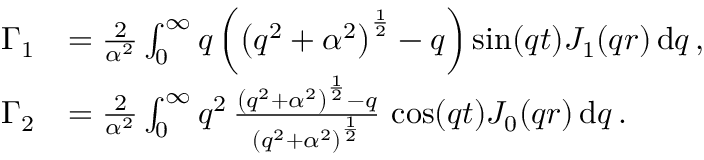
\begin{array} { r l } { \Gamma _ { 1 } } & { = \frac { 2 } { \alpha ^ { 2 } } \int _ { 0 } ^ { \infty } q \left( \left( q ^ { 2 } + \alpha ^ { 2 } \right) ^ { \frac { 1 } { 2 } } - q \right) \sin ( q t ) J _ { 1 } ( q r ) \, \mathrm { d } q \, , } \\ { \Gamma _ { 2 } } & { = \frac { 2 } { \alpha ^ { 2 } } \int _ { 0 } ^ { \infty } q ^ { 2 } \, \frac { \left( q ^ { 2 } + \alpha ^ { 2 } \right) ^ { \frac { 1 } { 2 } } - q } { \left( q ^ { 2 } + \alpha ^ { 2 } \right) ^ { \frac { 1 } { 2 } } } \, \cos ( q t ) J _ { 0 } ( q r ) \, \mathrm { d } q \, . } \end{array}